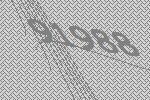
91988